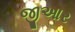
જીઆર